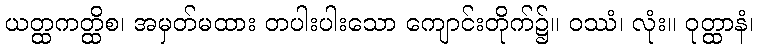
ယတ္ထကတ္ထိစ၊ အမှတ်မထား တပါးပါးသော ကျောင်းတိုက်၌။ ဝဿံ၊ လုံး။ ဝုတ္ထာနံ၊